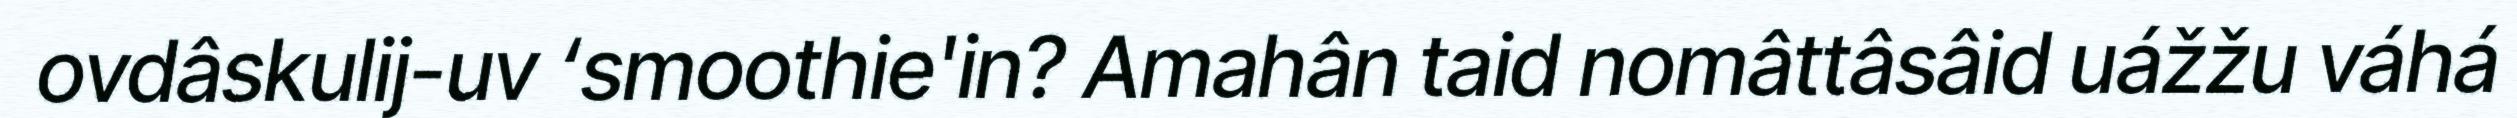
ovdâskulij-uv ‘smoothie'in? Amahân taid nomâttâsâid uážžu váhá